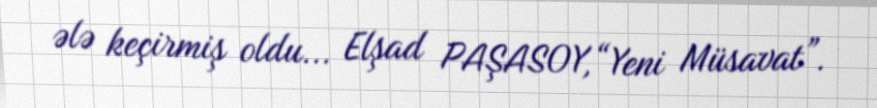
ələ keçirmiş oldu... Elşad PAŞASOY,“Yeni Müsavat”.